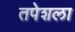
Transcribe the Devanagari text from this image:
तपेशला